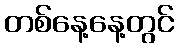
တစ်နေ့နေ့တွင်